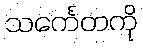
သင်္ကေတကို